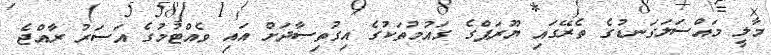
މާލީ މައްސަލަގަނޑުގެ ތެރޭގައި ޔޫރަޕްގެ ގައުމުތަކުގެ އިގުތިސާދަށް އައި ވެއްޓުމުގެ އަސަރު ރާއްޖެ